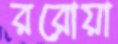
ররোয়া